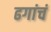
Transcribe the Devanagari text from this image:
ढगांचं